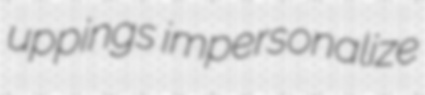
uppings impersonalize